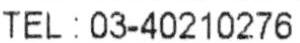
TEL : 03-40210276